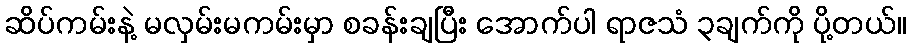
ဆိပ်ကမ်းနဲ့ မလှမ်းမကမ်းမှာ စခန်းချပြီး အောက်ပါ ရာဇသံ ၃ချက်ကို ပို့တယ်။